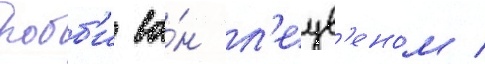
робб'и ва́н л'еув'еном /